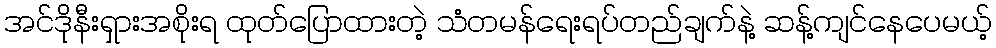
အင်ဒိုနီးရှားအစိုးရ ထုတ်ပြောထားတဲ့ သံတမန်ရေးရပ်တည်ချက်နဲ့ ဆန့်ကျင်နေပေမယ့်